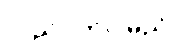
လည်ပတ်ပါမည်